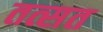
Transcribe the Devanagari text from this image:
तत्सत